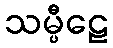
သမ္ပီဠေ